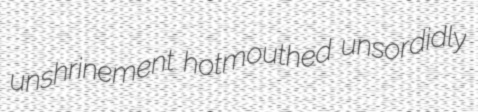
unshrinement hotmouthed unsordidly